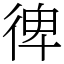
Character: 𢔌